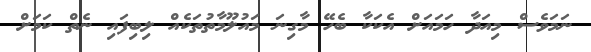
ނަމަވެސް މިއަދާ ހަމައަށް އެކަކާ ބެހޭ މާގިނަ މައުލޫމާތުތަކެއް ލިބިފައި ނެތް ކަމަށް